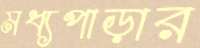
মধ্যপাড়ার